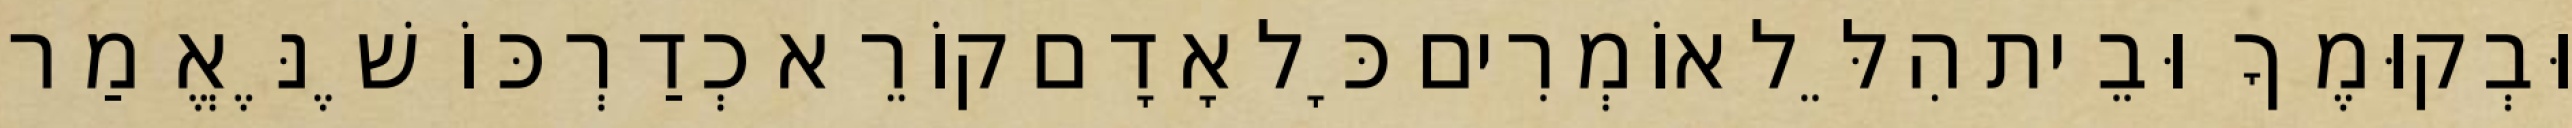
וּבְקוּמֶךָ וּבֵית הִלֵּל אוֹמְרִים כָּל אָדָם קוֹרֵא כְדַרְכּוֹ שֶׁנֶּאֱמַר